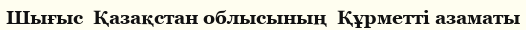
Шығыс  Қазақстан облысының  Құрметті азаматы